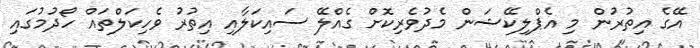
އޭގެ އިތުރުން މި އެޕްލިކޭޝަން މެދުވެރިކޮށް ގެއްލޭ ސައިކަލާއި އިތުރު ވެހިކަލްތައް ހޯދުމުގައި